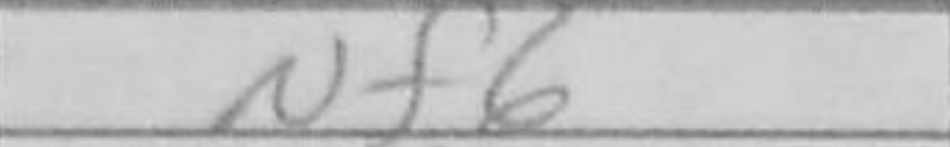
Transcription: Nf6